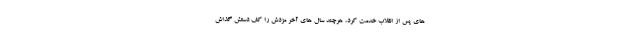
های پس از انقلاب خدمت کرد، هرچند سال های آخر مزدش را کف دستش گذاش